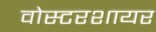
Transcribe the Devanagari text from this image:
वोस्टरशायर